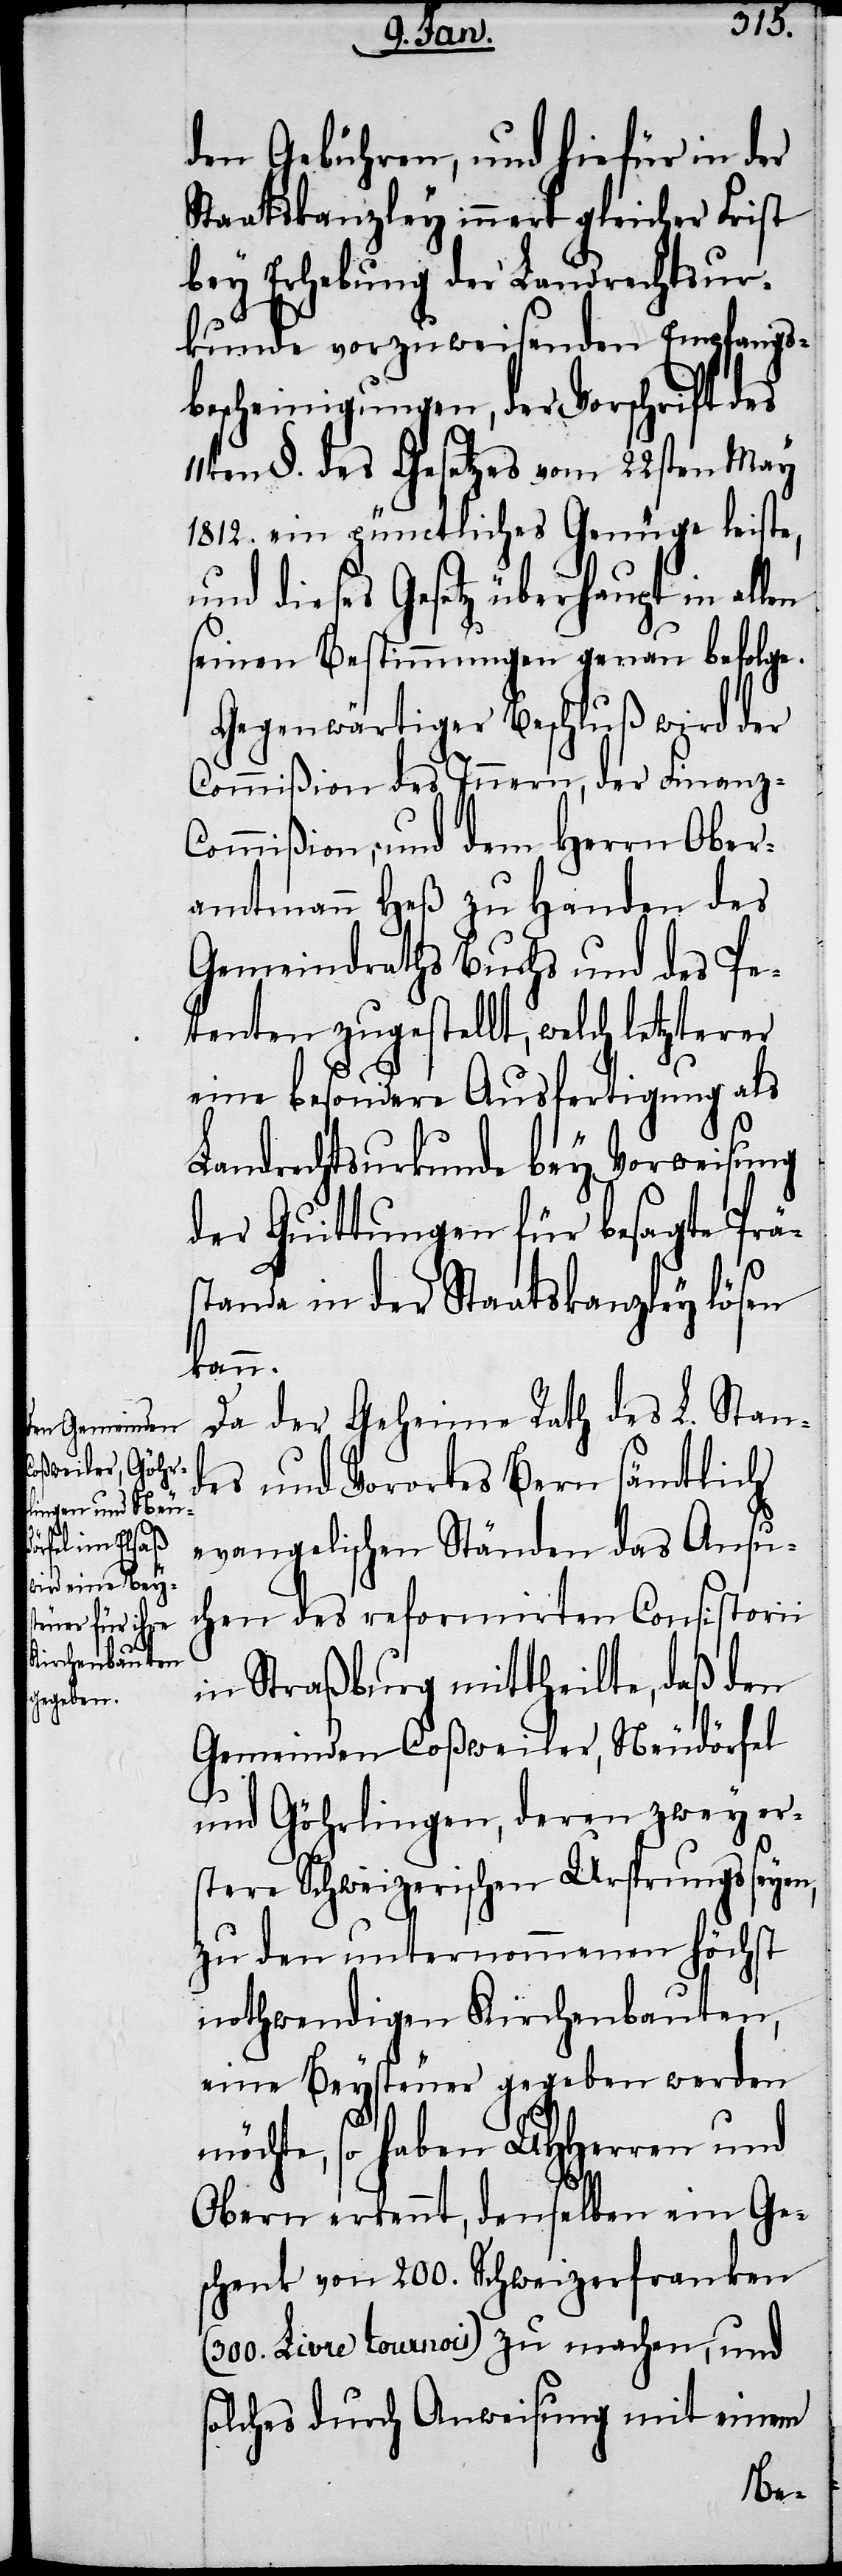
den Gebühren, und hiefür in der
Staatskanzley innert gleicher Frist
bey Erhebung der Landrechtsur¬
kunde vorzuweisenden Empfangs¬
bescheinigungen, der Vorschrift des
11ten §. des Gesetzes vom 22sten May
1812. ein pünctliches Genüge leiste,
und dieses Gesetz überhaupt in allen
seinen Bestimmungen genau befolge.
Gegenwärtiger Beschluß wird der
Commißion des Innern, der Finanz-C¬
ommißion, und dem Herrn Ober¬
amtmann Heß zu Handen des
Gemeindraths Buchs und des Pe¬
tenten zugestellt, welch letzterer
eine besondere Ausfertigung als
Landrechtsurkunde bey Vorweisung
der Quittungen für besagte Präs¬
tanda in der Staatskanzley lösen
kann.
Da der Geheime Rath des L. Stand¬
es und Vorortes Bern sämtlich
evangelischen Ständen das Ansu¬
chen des reformirten Consistorii
in Straßburg mittheilte, daß den
Gemeinden Coßweiler, Neudörfel
und Göhrlingen, deren zwey er¬
stere Schweizerischen Ursprungs seyen,
zu den unternommenen höchst
nothwendigen Kirchenbauten,
eine Beysteuer gegeben werden
möchte, so haben UHHerren und
Obern erkennt, denselben ein Ge¬
schenk von 200. Schweizerfranken
(300. Livre tournois) zu machen, und
solches durch Anweisung mit einem